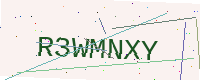
Text: R3WMNXY